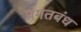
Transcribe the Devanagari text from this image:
प्रगतबंध